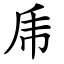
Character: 乕